Report on enteric fever
Disease focus: Fever
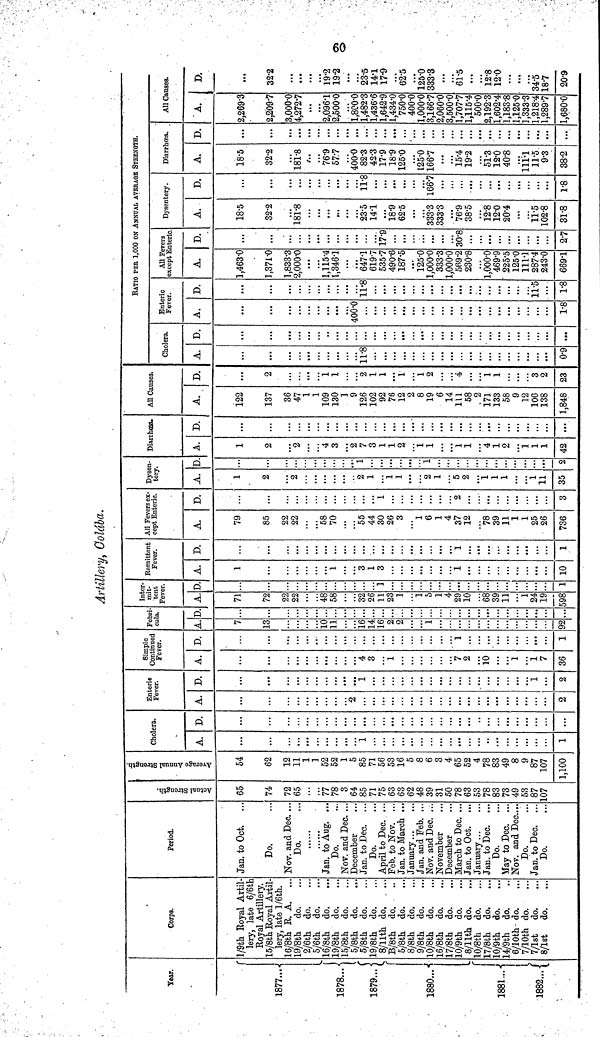
60
Artillery, Colába.
Year.
1877....
1878...
1879...
1880...
1881...
Corps.
1/9th Royal Artil-
lery, late 6/6th
Royal Artillery.
15/8th Royal Artil-
lery, late l/6th.
16/8th R. A. ...
l9/8th do.
2/6th do.
5/6th do.
16/8th do.
19/8th do.
15/8th do.
5/8th do.
5/8th do.
19/8th do.
8/11th do.
B/8th do.
5/8th do.
8/8th do.
9/8th do.
10/8th do.
16/8th da
17/8th do.
10/9th do.
8/11th do.
10/8th do.
17/8th do.
10/9th do.
14/9th do.
6/10th- do.
7/10th do.
7/1st do.
8/1st do.
Period.
Jan. to Oct.
Do.
Nov. and Dec. ...
Do.
,
Jan. to Aug. ...
Do.
Nov. and Dec. ...
December
Jan. to Dec.
Do.
April to Dec. ...
Feb. to Nov. ...
Jan. to March ...
January
Jan. and Feb. ...
Nov. and Dec. ...
November
December
March to Dec. ...
Jan. to Oct. ...
January
Jan. to Dec.
Do.
May to Dec. ...
Nov. and Dec...
Do.
Jan. to Dec.
Do.
Actual Strength.
65
74
72
65
...
77
78
3
64
85
71
75
63
63
62
48
39
31
50
78
63
53
78
83
73
49
53
87
107
Average Annual Strength.
54
62
12
11
1
]
52
52
1
5
85
71
56
53
16
5
8
6
3
4
65
52
4
78
83
49
8
9
87
107
1,100
Cholera.
A.
...
...
...
i
...
...
1
D.
...
...
...
...
...
...
...
Enteric
Fever.
A.
...
...
...
2
D.
...
...
1
...
1
2
Simple
Continued
Fever.
A.
...
...
4
3
...
1
7
2
10
1
1
7
36
D.
...
...
...
...
...
...
1
...
1
Febrí-
cula.
A.
7
13
10
11
16
14
16
2
1
...
...
92
D.
...
...
...
...
...
...
...
...
...
Inter-
mit-
tent
Fever.
A.
71
72
22
22
48
58
32
26
11
23 1
1
5
1
4
29
10
68
39
11
1
24
19
598
D.
...
...
1
...
...
...
1
Remittent
Fever.
A.
1
...
1
3
1
3
1
...
10
D.
...
...
...
...
...
...
...
1
1
All Fevers ex-
cept Enteric.
A.
79
85
22
22
58
70
55
44
30
26
3
1
6
1
4
37
12
78
39
11
1
1
25
26
736
D.
...
...
...
...
...
...
...
...
i
...
...
...
...
2
...
...
...
...
...
...
...
3
Dysen-
tery.
A.
1
2
...
...
...
2
1
i 1
...
2
1
5
1
1
1
...
1
11
35
D
...
...
...
...
...
1
...
...
1
...
...
...
...
..
..
..
2
Diarrhoea.
A.
1
2
...
2
4
3
2
7
3
1
1
2
i
1
1
1
4
1
2
1
1
1
42
D.
...
...
...
...
...
...
...
...
...
...
...
.>.
...
...
...
...
...
...
...
...
All Causes.
A.
122
137
36
47
1
1
109
130
1
9
126
102
92
76
12
2
8
19
6
14
111
58
2
171
133
58
9
12
106
138
1,848
D.
...
2
...
1
1
2
1
1
1
1
2
4
1
1
3
2
23
Cholera.
A.
...
...
11.8
...
...
0.9
D.
...
...
. . .
...
...
...
RATIO PER 1,000 ON ANNUAL AVERAGE STRENGTH.
Enteric
Fever.
A.
...
...
...
400.0
...
...
1.8
D.
...
...
11.8
...
11.5
1.8
All Fevers
except Enteric.
A.
1,463.0
1,371.0
1,833.3
2,000.0
1,115.4
1,346.1
647.1
619.7
535.7
490.6
187.5
125.0
1,000.0
333.3
1,000.0
569.2
230.8
1,000.0
469.9
225.5
125.0
111.1
287.4
243.0
669.1
D.
...
...
17.9
30.8
...
2.7
Dysentery.
A.
18.5
32.2
181.8
23.5
14.1
18.9
62.5
333.3
333.3
76.9
38.5
12.8
12.0
20.4
11.5
102.8
31.8
D.
...
...
11.8
166.7
:::
1.8
Diarrhœa.
A.
18.5
32.2
181.8
76.9
57:7
400.0
82.3
42.3
17.9
18.9
125.0
125.0
166.7
15.4
19.2
51.3
12.0
40.8
111.1
11.5
9.3
38.2
D.
...
...
...
...
...
All Causes.
A.
2,269.3
2,209.7
3,000.0
4,272.7
2,096.1
2,500.0
1,800.0
1,482.3
1,436.6
1,642.9
1,434.0
750.0
400.0
1,000.0
3,166.7
2,060.0
3,500.0
1,707.7
1,115.4
500.0
2,192.3
1,602.4
1,183.8
1,125.0
1,333.3
1,218.4
1,289.7
1,680.0
D.
. . .
322
19.2
19.2
23.5
14.1
17.9
62.5
125.0
333.3
61.5
12.8
12.0
34.5
18.7
20.9